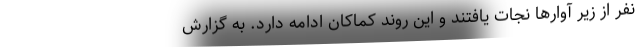
نفر از زیر آوارها نجات یافتند و این روند کماکان ادامه دارد. به گزارش